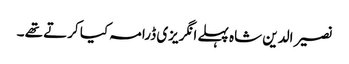
نصیر الدین شاہ پہلے انگریزی ڈرامہ کیا کرتے تھے ۔